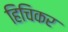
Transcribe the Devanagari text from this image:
हिचिकर